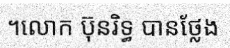
។លោក ប៊ុនរិទ្ធ បានថ្លែង